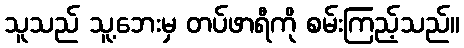
သူသည် သူ့ဘေးမှ တပ်ဖာရီကို စမ်းကြည့်သည်။